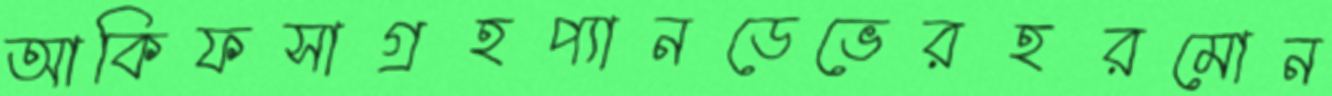
আকিফসাগ্রহপ্যানডেভেরহরমোন